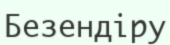
Безендіру